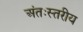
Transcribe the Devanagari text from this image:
अंतःस्तरीय